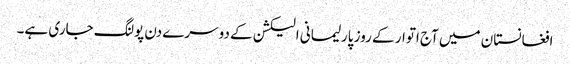
افغانستان میں آج اتوار کے روز پارلیمانی الیکشن کے دوسرے دن پولنگ جاری ہے۔